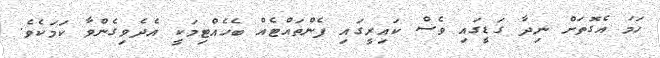
ހަމަ އެގޮތަށް ނިދާ ގަޑީގައި ވެސް ކައިރީގައި ފެންތައްޓެއް ބެހެއްޓިމަކީ އެދެވިގެންވާ ކަމަކެވެ.